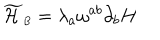
{ \widetilde { \cal H } } _ { \scriptscriptstyle B } = \lambda _ { a } \omega ^ { a b } \partial _ { b } H